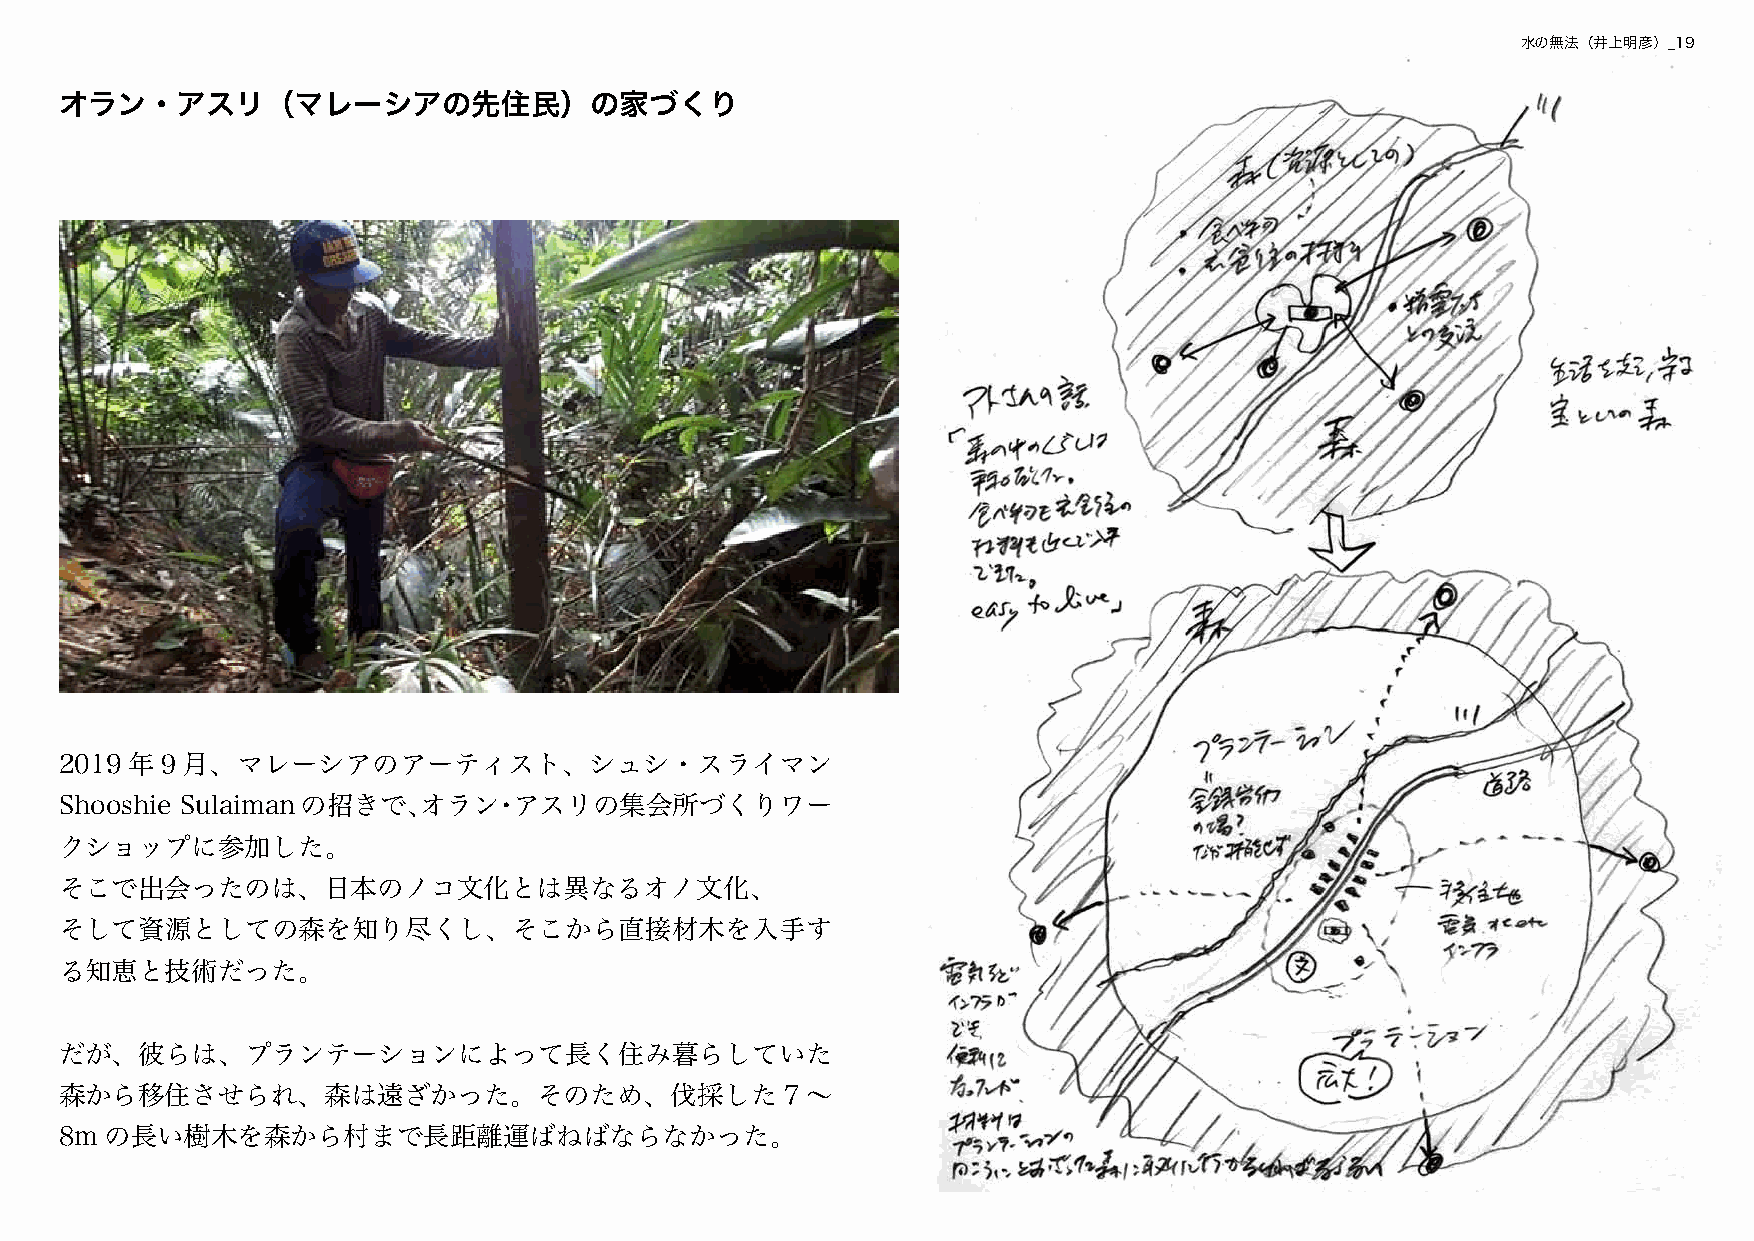
水の無法（井上明彦）_19
 オラン・アスリ（マレーシアの先住民）の家づくり
 2019 年９月、マレーシアのアーティスト、シュシ・スライマン
 Shooshie Sulaimanの招きで、オラン・アスリの集会所づくりワー
 クショップに参加した。
 そこで出会ったのは、日本のノコ文化とは異なるオノ文化、
 そして資源としての森を知り尽くし、そこから直接材木を入手す
 る知恵と技術だった。
 だが、彼らは、プランテーションによって長く住み暮らしていた
 森から移住させられ、森は遠ざかった。そのため、伐採した                     7 〜
 8m の長い樹木を森から村まで長距離運ばねばならなかった。